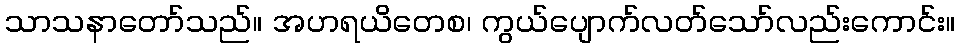
သာသနာတော်သည်။ အဟရယိတေစ၊ ကွယ်ပျောက်လတ်သော်လည်းကောင်း။